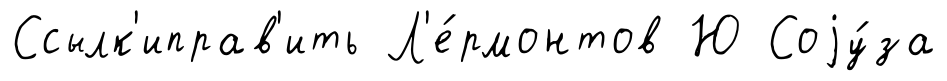
Ссылк'иправ'ить Л'е́рмонтов Ю Соjу́за